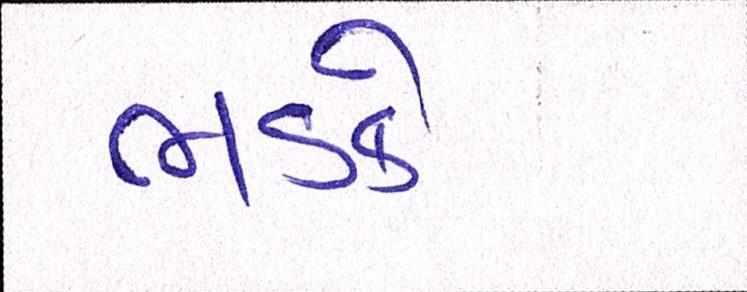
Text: ભડકે